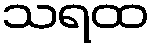
သရထ